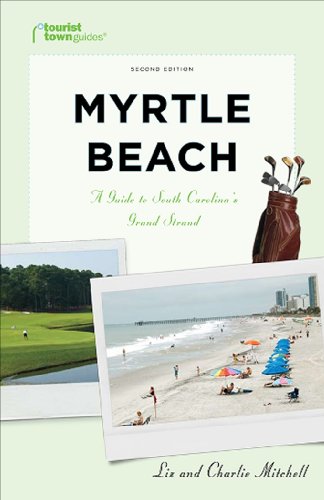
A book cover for Myrtle Beach: A Guide to South Carolina's Grand Strand (Tourist Town Guides); Liz Mitchell; Travel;